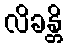
လိခန္တိ